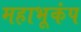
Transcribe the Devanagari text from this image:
महाभूकंप